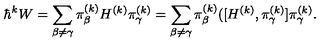
\hbar ^ { k } W = \sum _ { \beta \not = \gamma } \pi _ { \beta } ^ { ( k ) } H ^ { ( k ) } \pi _ { \gamma } ^ { ( k ) } = \sum _ { \beta \not = \gamma } \pi _ { \beta } ^ { ( k ) } ( [ H ^ { ( k ) } , \pi _ { \gamma } ^ { ( k ) } ] \pi _ { \gamma } ^ { ( k ) } .